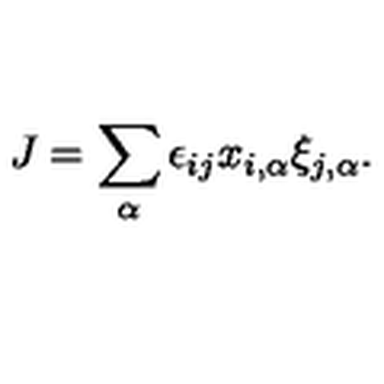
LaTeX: J = \sum _ { \alpha } \epsilon _ { i j } x _ { i , \alpha } \xi _ { j , \alpha } .